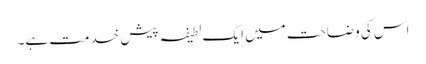
اس کی وضاحت میں ایک لطیفہ پیش خدمت ہے۔